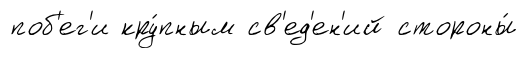
поб'ег'и кру́пным св'ед'ен'ий стороны́